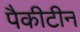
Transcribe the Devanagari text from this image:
पैकीटीन